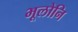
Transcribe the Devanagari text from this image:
भूलोनि